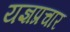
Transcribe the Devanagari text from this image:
यज्ञप्रचार